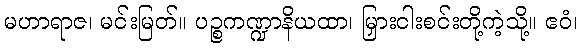
မဟာရာဇ၊ မင်းမြတ်။ ပဉ္စကဏ္ဍာနိယထာ၊ မြှားငါးစင်းတို့ကဲ့သို့။ ဧဝံ၊